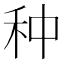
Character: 种